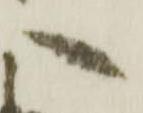
へ